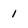
Character: 1